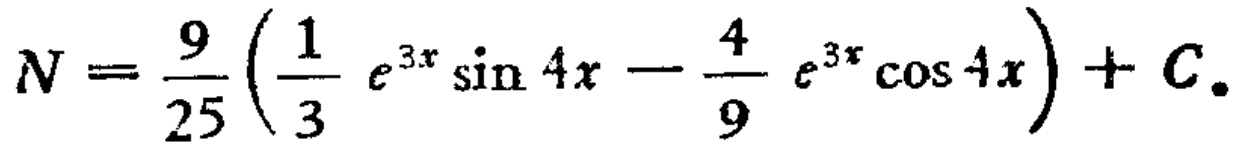
\[

N=\frac{9}{25}\left(\frac{1}{3}e^{3x}\sin 4x-\frac{4}{9}e^{3x}\cos 4x\right)+C.

\]